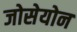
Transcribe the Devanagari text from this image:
जोसेयोन